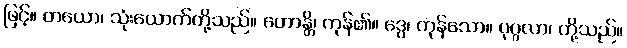
ဖြင့်။ တယော၊ သုံးယောက်တို့သည်။ ဟောန္တိ၊ ကုန်၏။ ဒွေ၊ ကုန်သော။ ပုဂ္ဂလာ၊ တို့သည်။